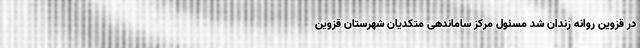
در قزوین روانه زندان شد مسئول مرکز ساماندهی متکدیان شهرستان قزوین